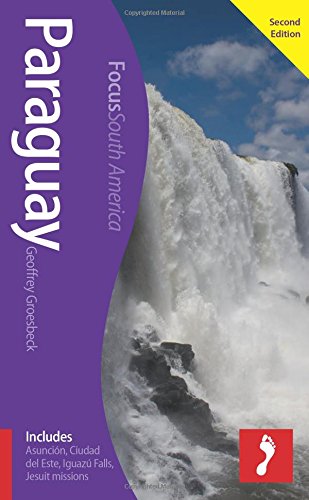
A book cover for Paraguay Focus Guide (Footprint Focus); Geoffrey Groesbeck; Travel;